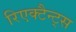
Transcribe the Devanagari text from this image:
रिएक्टैन्ट्स